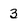
Character: 3